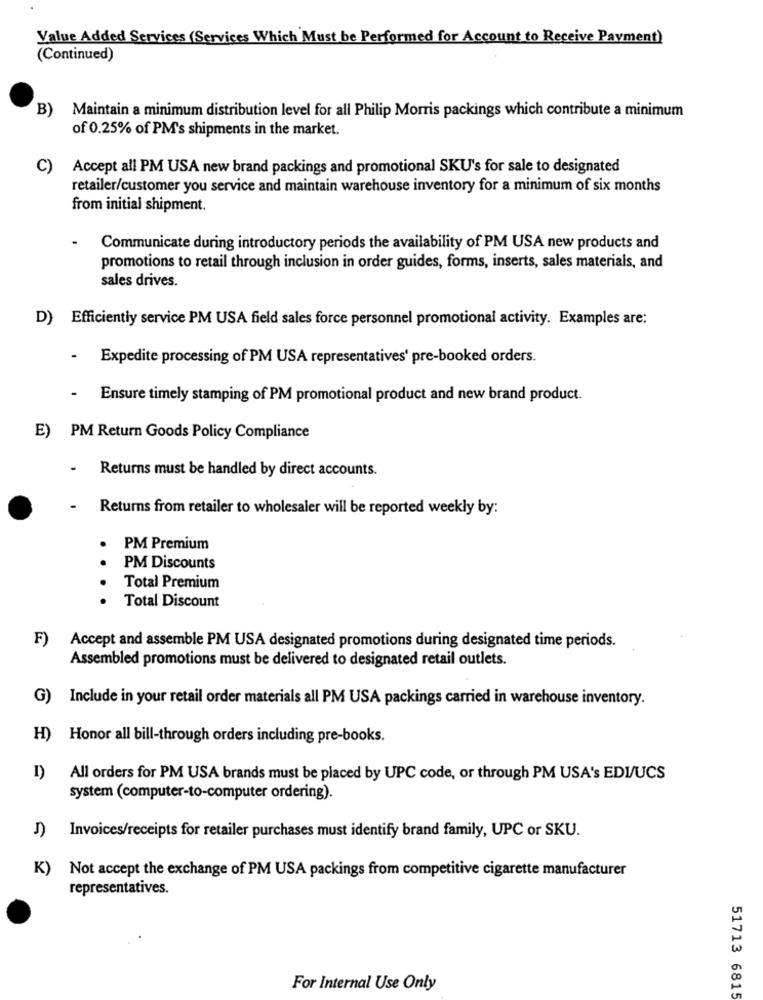
Value Added Services (Services Which Must be Performed for Account to Receive Payment)
(Continued)
B)
Maintain a minimum distribution level for all Philip Morris packings which contribute a minimum
of 0.25% of PM's shipments in the market.
C)
Accept all PM USA new brand packings and promotional SKU's for sale to designated
retailer/customer you service and maintain warehouse inventory for a minimum of six months
from initial shipment.
.
Communicate during introductory periods the availability of PM USA new products and
promotions to retail through inclusion in order guides, forms, inserts, sales materials, and
sales drives.
D) Efficiently service PM USA field sales force personnel promotional activity. Examples are:
.
Expedite processing of PM USA representatives' pre-booked orders.
-
Ensure timely stamping of PM promotional product and new brand product.
E) PM Return Goods Policy Compliance
-
Returns must be handled by direct accounts.
Returns from retailer to wholesaler will be reported weekly by:
PM Premium
PM Discounts
.. .
Total Premium
Total Discount
F) Accept and assemble PM USA designated promotions during designated time periods.
Assembled promotions must be delivered to designated retail outlets.
G) Include in your retail order materials all PM USA packings carried in warehouse inventory.
H) Honor all bill-through orders including pre-books.
I)
All orders for PM USA brands must be placed by UPC code, or through PM USA's EDIUCS
system (computer-to-computer ordering).
J) Invoices/receipts for retailer purchases must identify brand family, UPC or SKU.
K)
Not accept the exchange of PM USA packings from competitive cigarette manufacturer
representatives.
For Internal Use Only
51713 6815